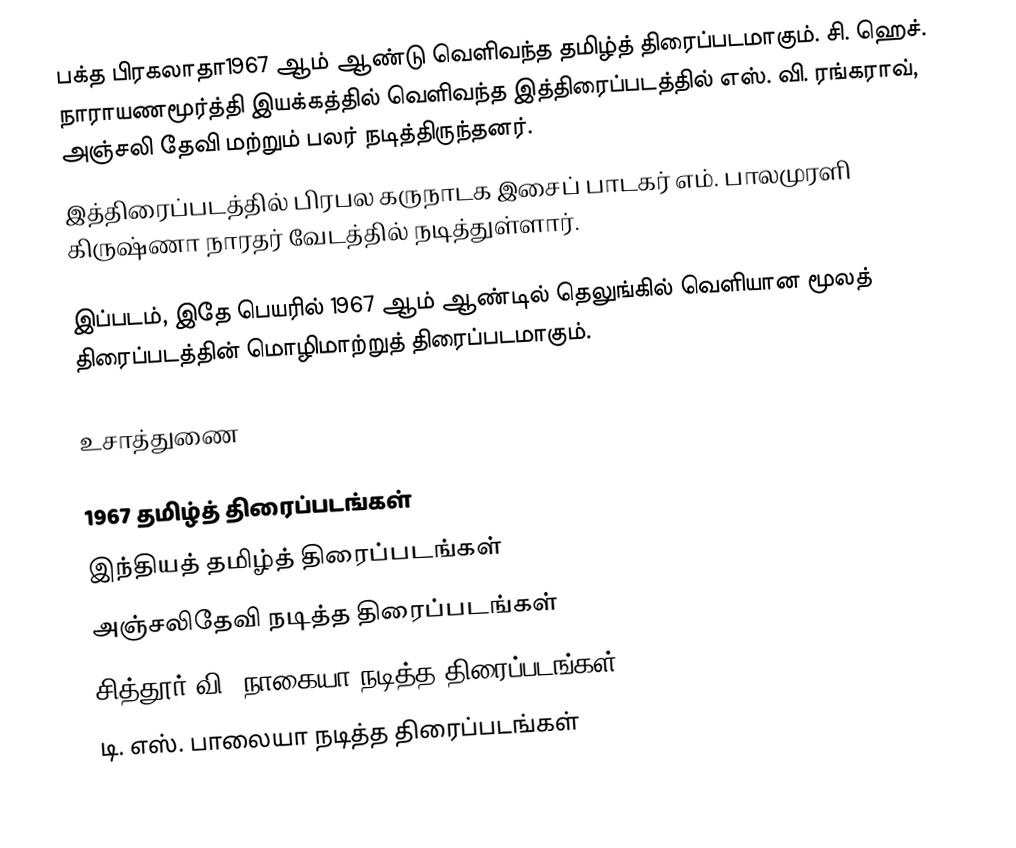
பக்த பிரகலாதா1967 ஆம் ஆண்டு வெளிவந்த தமிழ்த் திரைப்படமாகும். சி. ஹெச். நாராயணமூர்த்தி இயக்கத்தில் வெளிவந்த இத்திரைப்படத்தில் எஸ். வி. ரங்கராவ், அஞ்சலி தேவி மற்றும் பலர் நடித்திருந்தனர்.
இத்திரைப்படத்தில் பிரபல கருநாடக இசைப் பாடகர் எம். பாலமுரளி கிருஷ்ணா நாரதர் வேடத்தில் நடித்துள்ளார்.

இப்படம், இதே பெயரில் 1967 ஆம் ஆண்டில் தெலுங்கில் வெளியான மூலத் திரைப்படத்தின் மொழிமாற்றுத் திரைப்படமாகும்.

உசாத்துணை

1967 தமிழ்த் திரைப்படங்கள்
இந்தியத் தமிழ்த் திரைப்படங்கள்
அஞ்சலிதேவி நடித்த திரைப்படங்கள்
சித்தூர் வி. நாகையா நடித்த திரைப்படங்கள்
டி. எஸ். பாலையா நடித்த திரைப்படங்கள்